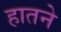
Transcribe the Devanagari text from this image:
हातने